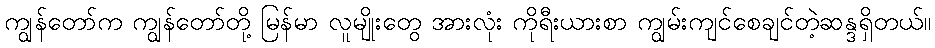
ကျွန်တော်က ကျွန်တော်တို့ မြန်မာ လူမျိုးတွေ အားလုံး ကိုရီးယားစာ ကျွမ်းကျင်စေချင်တဲ့ဆန္ဒရှိတယ်။